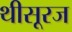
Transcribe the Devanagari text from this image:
थीसूरज